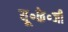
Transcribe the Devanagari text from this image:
यू॰के॰जी